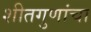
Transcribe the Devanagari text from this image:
शीतगुणांचा